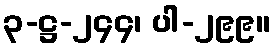
၃-ဋ္ဌ-၂၄၄၊ ပါ-၂၉၉။